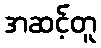
အဆင့်တူ